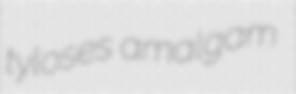
tyloses amalgam